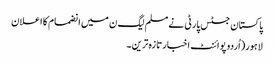
پاکستان جسٹس پارٹی نے مسلم لیگ ن میں انضمام کا اعلان
لاہور(اُردو پوائنٹ اخبارتازہ ترین۔